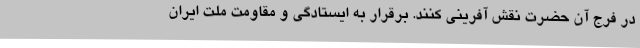
در فرج آن حضرت نقش آفرینی کنند. برقرار به ایستادگی و مقاومت ملت ایران